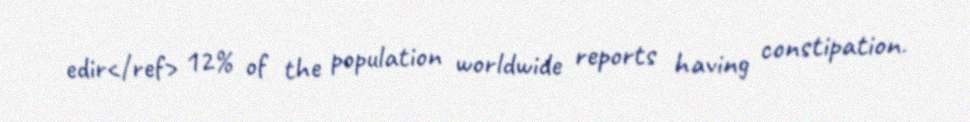
edir</ref> 12% of the population worldwide reports having constipation.